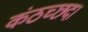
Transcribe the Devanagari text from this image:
कंठच्छद।